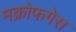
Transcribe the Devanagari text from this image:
मक्रोफगेस